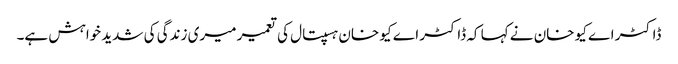
ڈاکٹر اے کیو خان نے کہا کہ ڈاکٹر اے کیو خان ہسپتال کی تعمیر میری زندگی کی شدید خواہش ہے۔